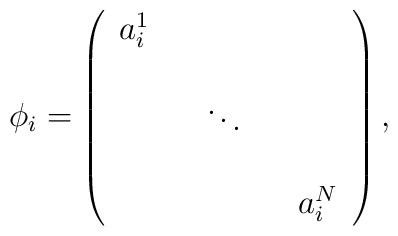
\phi_i = \left( \begin{array}{ccccc} a_i^1   &   &    &   &    \\					     &   &    &   &    \\					     &   &  \ddots  &   &    \\					     &   &    &   &    \\					     &   &    &   & a_i^N 	\end{array} \right),